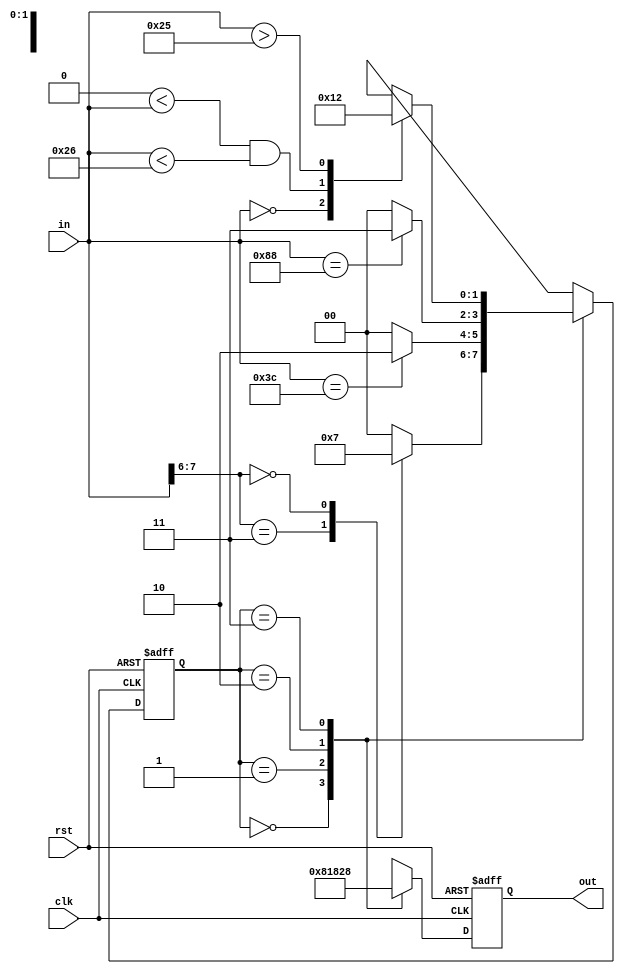
module FSM(clk,rst,in,out);
input clk,rst;
input [7:0] in;
output [7:0] out;

parameter [1:0] //synopsys enum code
START = 2'd0,
SA = 1,
SB = 2,
SC = 3;

reg [1:0] CS,NS;
reg [7:0] tmp_out,out;

// state transfer
always @ (posedge clk or negedge rst)
begin
if (!rst) CS <= #1 START;
else      CS <= #1 NS;
end

// state transfer discipline
always @ (in or CS)
begin
    NS = START;
    case (CS)
       START: case (in[7:6])
                       2'b11: NS = SA;
                       2'b00: NS = SC;
                       default: NS = START;
                       endcase
       SA: if(in == 8'h3c) NS = SB;
       SB: begin
                if (in == 8'h88) NS = SC;
                else             NS = START;
                end
       SC: case(1'b1) //synopsys parallel_case full_case
                (in == 8'd0): NS = SA;
                (8'd0 < in && in < 8'd38): NS = START;
                (in > 8'd37): NS = SB;
                  endcase
       endcase
end

// temp out
always @ (CS)
begin
    tmp_out = 8'bX;
    case (CS)
       START: tmp_out = 8'h00;
       SA:   tmp_out = 8'h08;
       SB:   tmp_out = 8'h18;
       SC:   tmp_out = 8'h28;
    endcase
end

// reg out
always @ (posedge clk or negedge rst)
begin
    if (!rst) out <= #1 8'b0;
    else     out <= #1 tmp_out;
end

endmodule